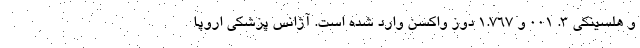
و هلسینکی ۳. ۰۰۱ و ۱.۷۶۷ دوز واکسن وارد شده است. آژانس پزشکی اروپا